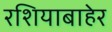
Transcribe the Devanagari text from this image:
रशियाबाहेर